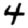
Digit: 4